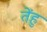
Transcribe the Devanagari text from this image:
तेंहु